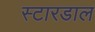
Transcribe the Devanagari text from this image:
स्टारडाल